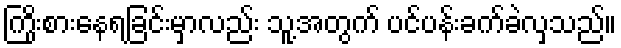
ကြိုးစားနေရခြင်းမှာလည်း သူ့အတွက် ပင်ပန်းခက်ခဲလှသည်။